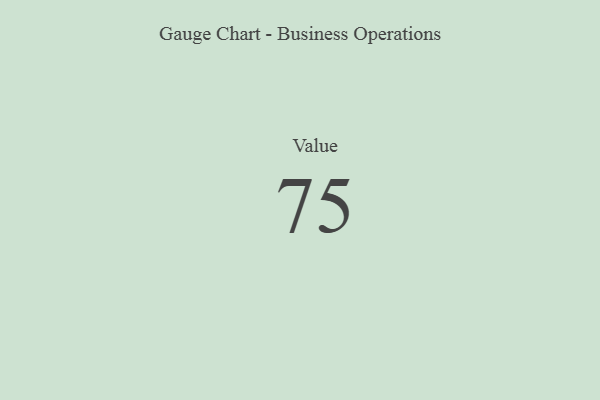
{"axis": {"x": "Metric", "y": "Value"}, "legend": [""], "data": [{"x": "Value", "y": 75, "type": ""}]}